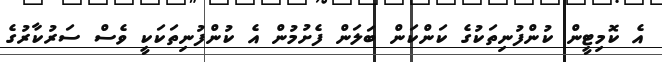
އެ ކޮމިޓީން ކުންފުނިތަކުގެ ކަންކަން ބަލަން ފެށުމުން އެ ކުންފުނިތަކަކީ ވެސް ސަރުކާރުގެ